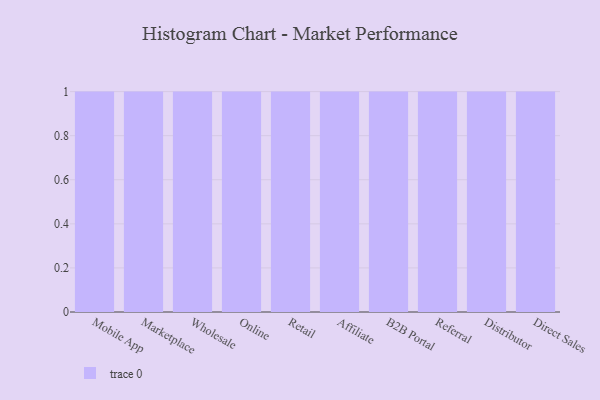
{"axis": {"x": "Channel", "y": "Temperature (°C)"}, "legend": [""], "data": [{"x": "Mobile App", "y": 30, "type": ""}, {"x": "Marketplace", "y": 40, "type": ""}, {"x": "Wholesale", "y": 80, "type": ""}, {"x": "Online", "y": 53, "type": ""}, {"x": "Retail", "y": 1, "type": ""}, {"x": "Affiliate", "y": 91, "type": ""}, {"x": "B2B Portal", "y": 44, "type": ""}, {"x": "Referral", "y": 16, "type": ""}, {"x": "Distributor", "y": 67, "type": ""}, {"x": "Direct Sales", "y": 76, "type": ""}]}